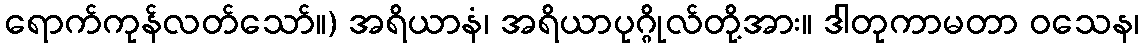
ရောက်ကုန်လတ်သော်။) အရိယာနံ၊ အရိယာပုဂ္ဂိုလ်တို့အား။ ဒါတုကာမတာ ဝသေန၊